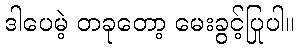
ဒါပေမဲ့ တခုတော့ မေးခွင့်ပြုပါ။